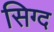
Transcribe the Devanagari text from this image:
सिग्द